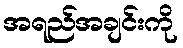
အရည်အချင်းကို